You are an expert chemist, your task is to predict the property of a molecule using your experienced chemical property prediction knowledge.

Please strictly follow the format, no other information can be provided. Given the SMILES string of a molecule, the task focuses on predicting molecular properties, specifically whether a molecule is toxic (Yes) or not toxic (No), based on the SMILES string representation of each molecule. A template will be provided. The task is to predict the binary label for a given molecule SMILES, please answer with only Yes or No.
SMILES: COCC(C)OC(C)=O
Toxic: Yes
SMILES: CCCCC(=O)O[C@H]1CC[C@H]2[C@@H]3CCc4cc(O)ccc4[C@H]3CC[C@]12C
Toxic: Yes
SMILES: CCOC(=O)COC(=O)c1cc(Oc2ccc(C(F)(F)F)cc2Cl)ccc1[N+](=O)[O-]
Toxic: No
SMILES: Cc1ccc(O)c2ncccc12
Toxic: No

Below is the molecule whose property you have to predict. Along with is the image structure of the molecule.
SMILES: C[C@@H]1NC(=O)[C@@H](N)CNC(=O)[C@H]([C@@H]2CCNC(N)=N2)NC(=O)/C(=C/NC(N)=O)NC(=O)[C@H](CNC(=O)C[C@@H](N)CCCN)NC1=O
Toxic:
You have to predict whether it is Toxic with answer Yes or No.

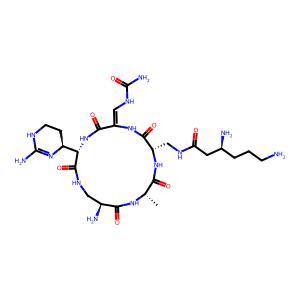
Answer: No